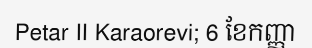
Petar II Karaorevi; 6 ខែកញ្ញា